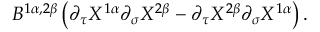
B ^ { 1 \alpha , 2 \beta } \left( \partial _ { \tau } X ^ { 1 \alpha } \partial _ { \sigma } X ^ { 2 \beta } - \partial _ { \tau } X ^ { 2 \beta } \partial _ { \sigma } X ^ { 1 \alpha } \right) .